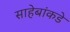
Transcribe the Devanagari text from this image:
साहेबांकडे